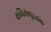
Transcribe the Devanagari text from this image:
कवितापुस्तके